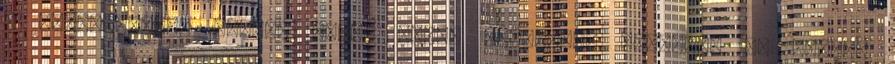
a haverjaival. Inkább olyan zombi üzemmódba kapcsolt és miután